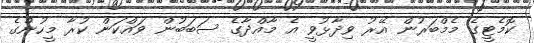
ކޮމެޓީގެ މެމްބަރުން އޭރު ވިދާޅުވީ އެ މާއްދާގެ ސަބަބުން ވައްކަން ކުރާ މީހުންގެ